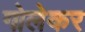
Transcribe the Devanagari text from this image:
गोलेकर